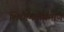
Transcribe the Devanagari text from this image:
शिरगणतीप्रमाणे